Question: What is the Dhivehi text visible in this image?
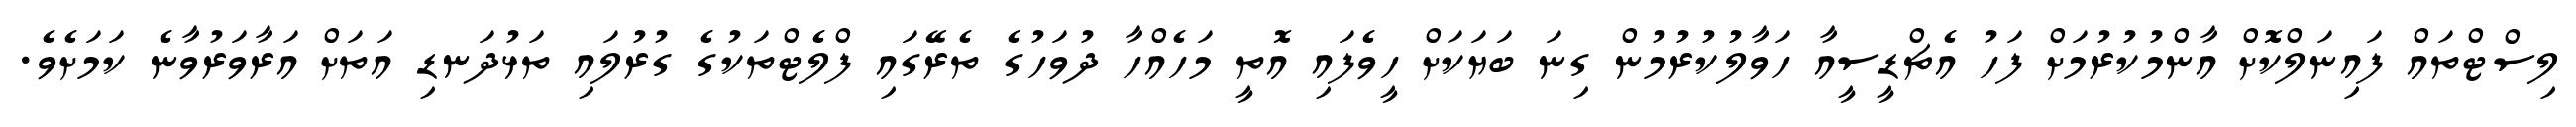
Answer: ލިސްޓްތައް ފައިނަލްކޮށް އާންމުކުރުމަށް ފަހު އެޗްޑީސީއާ ހަވާލުކުރުމުން ގިނަ ބަޔަކަށް ހީވެފައި އޮތީ މަހެއްހާ ދުވަހުގެ ތެރޭގައި ފްލެޓްތަކުގެ ގުރުލައި ތަޅުދަނޑި އަތަށް އަރާވަރުވާނެ ކަމަށެވެ.